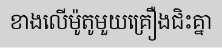
ខាងលើម៉ូតូមួយគ្រឿងជិះគ្នា